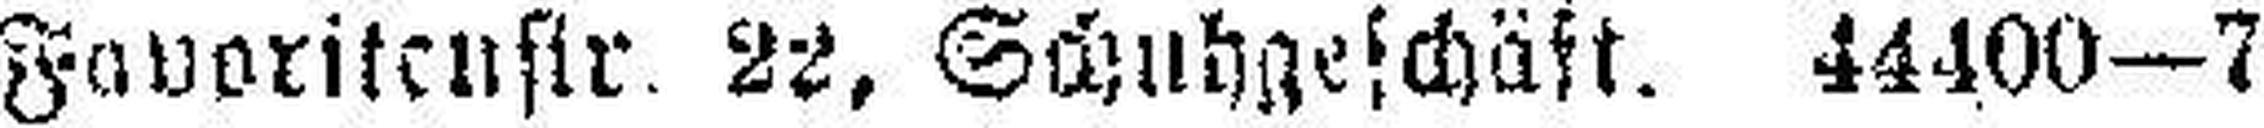
Favoritenstr. 22, Schuhgeschäft. 44400—7